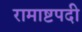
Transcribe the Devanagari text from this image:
रामाष्टपदी